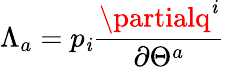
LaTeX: \Lambda_{a}=p_{\mathit{i}}\frac{{\partialq^{\mathit{i}}}}{{\partial\Theta^{a}}}